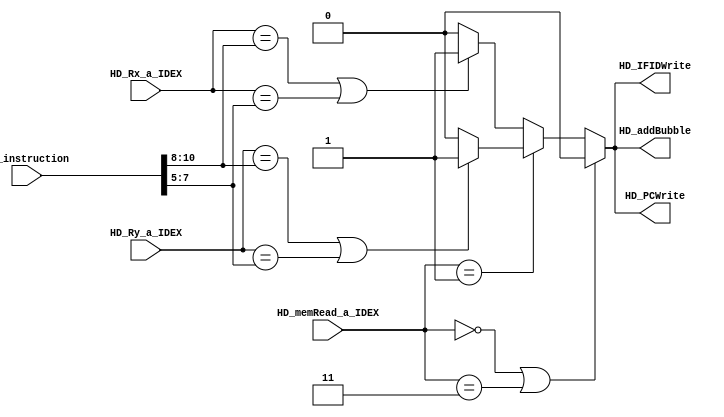
`timescale 1ns / 1ns

module HazardDetector(
    input [15:0]HD_instruction,
    input [1:0] HD_memRead_a_IDEX,
    input [2:0]HD_Rx_a_IDEX,
    input [2:0]HD_Ry_a_IDEX,
    output HD_PCWrite,
    output HD_IFIDWrite,
    output HD_addBubble
    
    );
    
    wire needToAddBubble;
    wire needToAddBubble_1;
    wire needToAddBubble_for_LW;
    wire needToAddBubble_for_LWSP;
    wire [2:0] IFID_rx;
    wire [2:0] IFID_ry;

    assign IFID_rx[2:0] = HD_instruction[10:8];//this is the rx
    assign IFID_ry[2:0] = HD_instruction[7:5];//this is the ry

    assign HD_addBubble = needToAddBubble;
    assign HD_PCWrite = needToAddBubble;
    assign HD_IFIDWrite = needToAddBubble;

    assign needToAddBubble =  (HD_memRead_a_IDEX[1:0] == 2'b00 || HD_memRead_a_IDEX[1:0] == 2'b11)? 1'b0 : needToAddBubble_1;

    assign needToAddBubble_1 = (HD_memRead_a_IDEX[1:0] == 2'b01) ? needToAddBubble_for_LW : needToAddBubble_for_LWSP;
    
    assign needToAddBubble_for_LW = (HD_Ry_a_IDEX[2:0] == IFID_rx[2:0] ||HD_Ry_a_IDEX[2:0] == IFID_ry[2:0]) ? 1'b1 : 1'b0;

    assign needToAddBubble_for_LWSP = (HD_Rx_a_IDEX[2:0] == IFID_rx[2:0] ||HD_Rx_a_IDEX[2:0] == IFID_ry[2:0]) ? 1'b1 : 1'b0;
    
    
    
endmodule